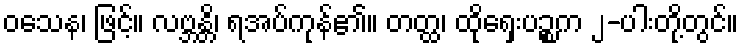
ဝသေန၊ ဖြင့်။ လဗ္ဘန္တိ၊ ရအပ်ကုန်၏။ တတ္ထ၊ ထိုရှေးပဉ္စက ၂-ပါးတို့တွင်။